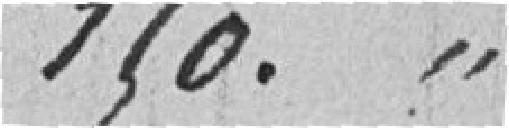
150